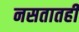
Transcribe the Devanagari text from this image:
नसतातही